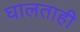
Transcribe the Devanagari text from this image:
घालताही